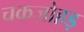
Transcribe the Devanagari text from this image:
चकजोहड़